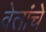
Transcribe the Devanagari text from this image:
वेतांचे